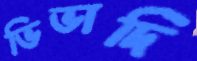
ভিভাদি